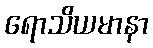
ရောသိယမာနာ